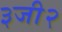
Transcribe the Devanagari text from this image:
३जी२